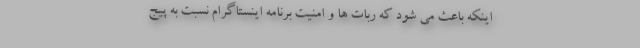
اینکه باعث می شود که ربات ها و امنیت برنامه اینستاگرام نسبت به پیج